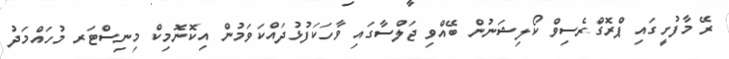
ރޭ މާފުށީގައި ޕްރޮގްރެސިވް ކޯލިޝަނުން ބޭއްވި ޖަލްސާގައި ވާހަކަފުޅުދައްކަވަމުން އިކޮނޮމިކް މިނިސްޓަރ މުހައްމަދު